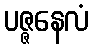
ပဇ္ဇနေလံ